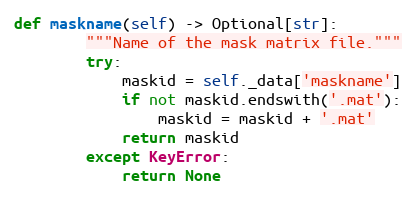
Language: Python
def maskname(self) -> Optional[str]:
        """Name of the mask matrix file."""
        try:
            maskid = self._data['maskname']
            if not maskid.endswith('.mat'):
                maskid = maskid + '.mat'
            return maskid
        except KeyError:
            return None